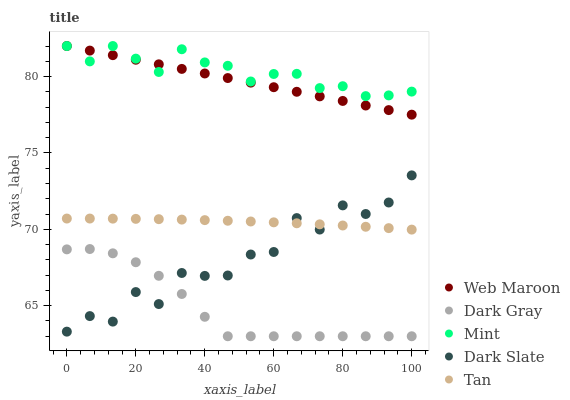
| xaxis_label | Web Maroon | Dark Gray | Mint | Dark Slate | Tan |
 | --- | --- | --- | --- | --- | --- |
 | 0 | 82 | 68.7 | 82 | 63.3 | 70.7 |
 | 6.67 | 81.7 | 68.7 | 81 | 64.3 | 70.7 |
 | 13.3 | 81.4 | 68.4 | 82 | 64 | 70.7 |
 | 20 | 81.1 | 67.8 | 81.2 | 65.9 | 70.7 |
 | 26.7 | 80.8 | 67 | 80.3 | 65.1 | 70.7 |
 | 33.3 | 80.5 | 65.8 | 81.8 | 67.1 | 70.6 |
 | 40 | 80.2 | 64.3 | 80.9 | 67 | 70.6 |
 | 46.7 | 79.9 | 63 | 80.7 | 67 | 70.6 |
 | 53.3 | 79.6 | 63 | 79.7 | 68.4 | 70.5 |
 | 60 | 79.3 | 63 | 80.2 | 68.5 | 70.5 |
 | 66.7 | 79 | 63 | 80.2 | 70.7 | 70.4 |
 | 73.3 | 78.7 | 63 | 79.2 | 70 | 70.3 |
 | 80 | 78.4 | 63 | 79.4 | 71.6 | 70.3 |
 | 86.7 | 78.1 | 63 | 78.7 | 71 | 70.2 |
 | 93.3 | 77.8 | 63 | 78.8 | 71.8 | 70.1 |
 | 100 | 77.5 | 63 | 79 | 73.5 | 70 |